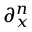
{ \partial _ { x } ^ { n } } { }